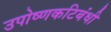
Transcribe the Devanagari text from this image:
उपोष्णकटिबंधी